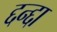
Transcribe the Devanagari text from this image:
द्दन्द्दा